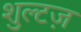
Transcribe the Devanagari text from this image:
शुल्टज़